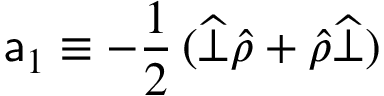
{ \sf a } _ { 1 } \equiv - \frac { 1 } { 2 } \, ( \widehat { \bot } \widehat { \rho } + \widehat { \rho } \widehat { \bot } )